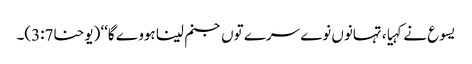
یسوع نے کہیا، تہانوں نوے سرے توں جنم لینا ہووے گا‘‘ (یوحنا3:7)۔